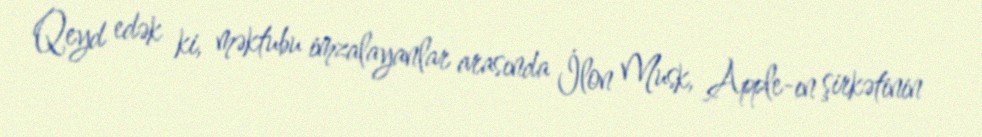
Qeyd edək ki, məktubu imzalayanlar arasında İlon Musk, Apple-ın şirkətinin